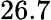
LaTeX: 26.7